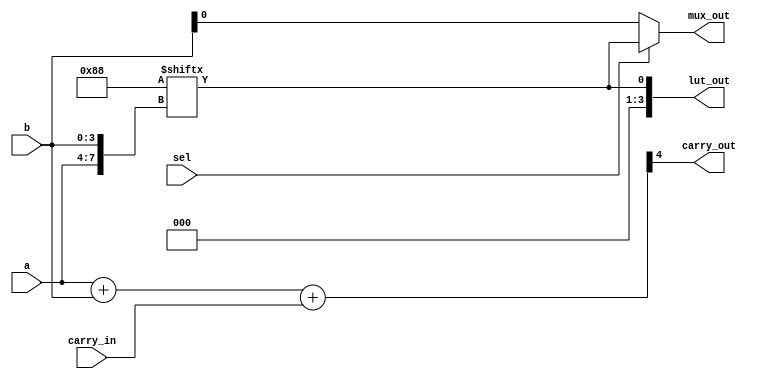
module combinational_logic_block (
    input wire [3:0] a,           // 4-bit input for LUT
    input wire [3:0] b,           // 4-bit input for LUT
    input wire sel,               // Select signal for multiplexer
    input wire carry_in,          // Carry input for arithmetic operations
    output wire carry_out,        // Carry output for arithmetic operations
    output wire [3:0] lut_out,    // Output from LUT
    output wire mux_out           // Output from multiplexer
);

    // Configuration memory (this is simplified for demonstration purposes)
    reg [15:0] lut_config; // Configuration for 4-input LUT (16 possible functions)

    // Look-Up Table (LUT) implementation
    assign lut_out = lut_config[{a, b}]; // 4-input LUT using configuration bits

    // Multiplexer to select between LUT output and another input
    assign mux_out = sel ? lut_out : b; // Select between LUT output and input 'b'

    // Carry logic for simple 4-bit addition
    wire [4:0] sum; // Create 5-bit sum to accommodate carry
    assign sum = a + b + carry_in; // Add inputs with carry_in

    // Carry output logic
    assign carry_out = sum[4]; // Carry out is the 5th bit of the sum

    // Configuration method
    initial begin
        // Example configuration: a simple function, for example, AND function for a = 1 and b = 1
        lut_config = 16'b0000000000000000; // Default function (0)
        lut_config[3]  = 1; // For a=1, b=0 (output)
        lut_config[7]  = 1; // For a=1, b=1 (output)
        // Additional configuration can be added as desired
    end

endmodule